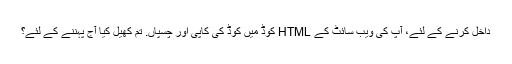
داخل کرنے کے لئے، آپ کی ویب سائٹ کے HTML کوڈ میں کوڈ کی کاپی اور چسپاں. تم کھیل کیا آج پہننے کے لئے؟